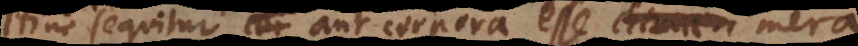
Hinc sequitur aut corpora esse chimaer mera